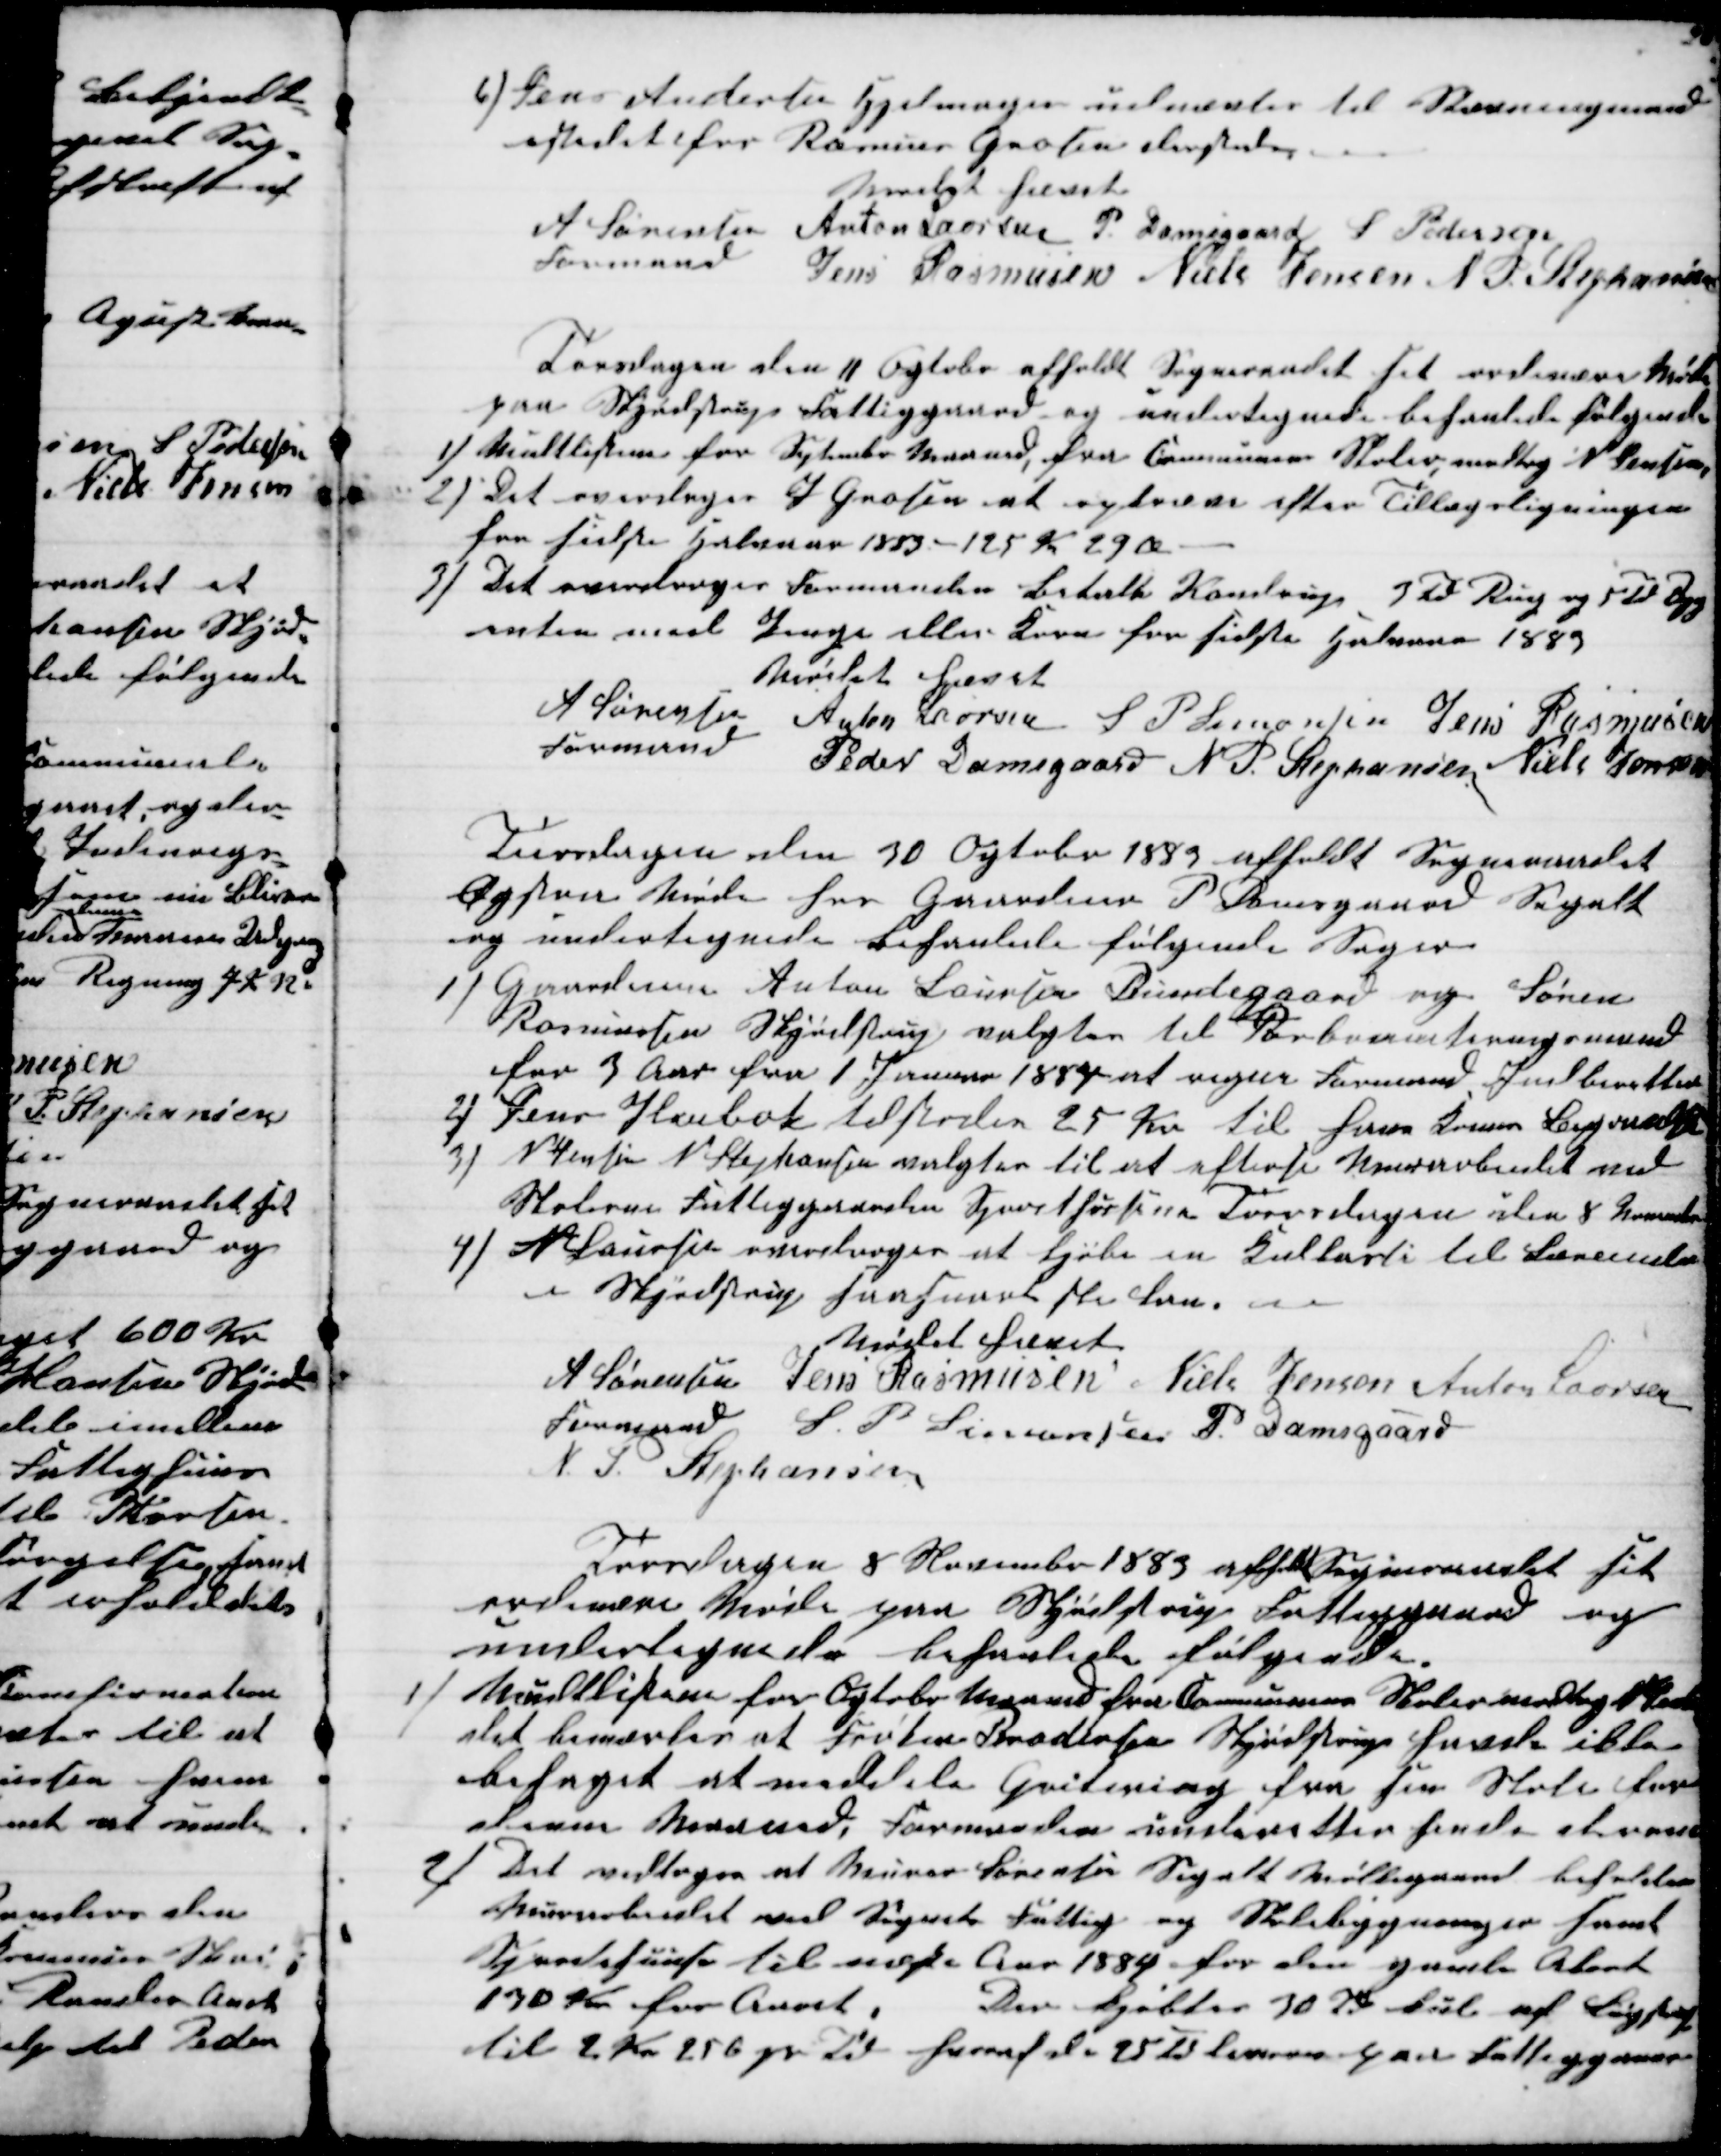
Transskription:
6) Jens Andersen Hjelmager udnævtes til Brandsynsmand
istedet for Rasmus Grosen dersteds
Mødet hævet
A Sørensen 
Formand
Anton Laursen P. Damsgaard S Pedersen
Jens Rasmusen Niels Jensen N. P. Stephansen
Torsdagen den 11 Ogtober afholdt Sogneraadet sit ordinære Møde
paa Skjødstrup Fattiggaard og undertegnede behanlede følgende
1) Multlisterne for September Maaned, fra Communens Skoler, modtog N. Jensen,
2) Det overdroges J Grosen at opkræve efter Tillægsligningen
for sidste Halvaar 1883 - 125 Kr 29 Ø.
3) Det overdroges Formanden betale Kondrup 5 Td Rug og 5 Td Byg
enten med Penge eller Korn for sidste Halvaar 1883
Mødet hævet
A Sørensen
Formand
Anton Laursen S P Simonsen Jens Rasmusen
Peder Damsgaard N. P. Stephansen Niels Jensen
Torsdagen den 30 Ogtober 1883 afholdt Sogneraadet
Ægstra Møde hos Gaardeier P Damsgaard Segalt
og undertegnede behanlede følgende Sager
1) Gaardeierne Anton Laursen Bundegaard og Søren
Rasmussen Skjødstrup valgtes til Jorboniteringsmænd
for 3 Aar fra 1 Januar 1884 at regne Formand Indberetter
2) Jens Haubæk tilstodes 25 Kr til hans Kones Begravelse
 3) N. Jensen N. Stephansen valgtes til et efterse Murerarbeidet ved
Skolerne Fattiggaarden Sproithusene Torsdagen den 8 November
4) N Laursen overdroges at kjøbe en Kulkasse til Lærerinden
i Skjødstrup saasnart ske kan. 
Mødet hævet
A Sørensen 
Formand 
Jens Rasmusen Niels Jensen Anton Laursen
S. P. Simonsen P. Damsgaard
N. P. Stephansen
Torsdagen 8 November 1883 afholdt Sogneraadet sit
ordinære Møde paa Skjødstrup Fattiggaard og
undertegnede behanlede følgende.
1) Multlisterne for Ogtober Maaned fra Communens Skoler modtog 
det bemærkes at Frøken Brodersen Skjødstrup havde ikke
behaget at meddele Qvitering fra sin Skole for
denne Maaned, Formanden underetter hende derom
2) Det vedtoges at Murer Sørensen Segalt Møllegaard beholder
Murerarbeidet ved Segalt Fattig og Skolebygninger samt
Sproitehuuse til næste Aar 1884 for den gamle Akord
130 Kr for Aaret.
Der kjøbtes 30 Td Kul af Løgstrup
til 2 Kr. 25 Ø pr Td hvoraf de 25 Td leveres paa Fattiggaar-